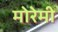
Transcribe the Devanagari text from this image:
मोरेमी